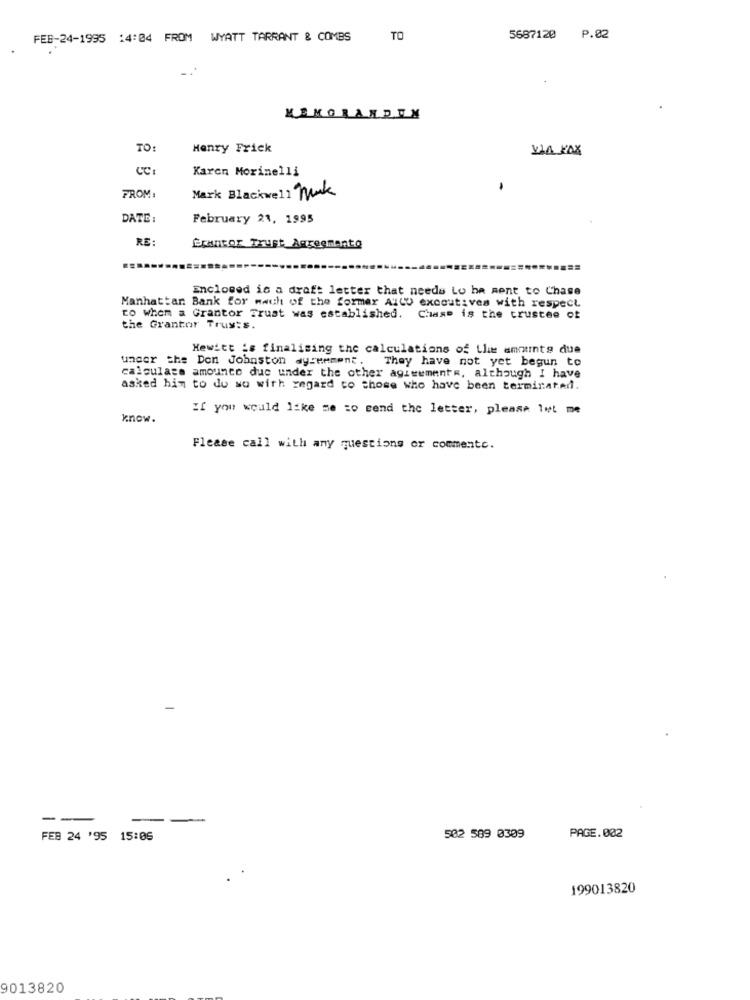
FEB-24-1995 14:04 FROM WYATT TARRANT & COMBS
TO
5687120 P.02
MEMORANDEN
TO:
Henry Frick
WA JAX
Karen Morinelli
FROM:
Mark Blackwell Mak
DATE :
February 21, 1995
RE:
Grantor Trust_Agreemento
Enclosed is a draft letter that needs Lo be sent to Chase
Manhattan Bank for mach of the former AlLU excout: ves with respect
to whom a Grantor Trust was established.
Chase is the trustee of
the Grantor Trus:s.
Hewitt :s finalising the calculations of Llie amounts due
under the Don Johnston wyremment. They have not yet begun to
calculate amounce duc under the other agisements, although I have
asked him to do so with regard to those who have been terminated.
If you would like me to send the letter, please let me
know.
Flease call with any questions or commentc.
--
FEB 24 '95 15:06
502 589 0309
PAGE. 002
199013820
9013820